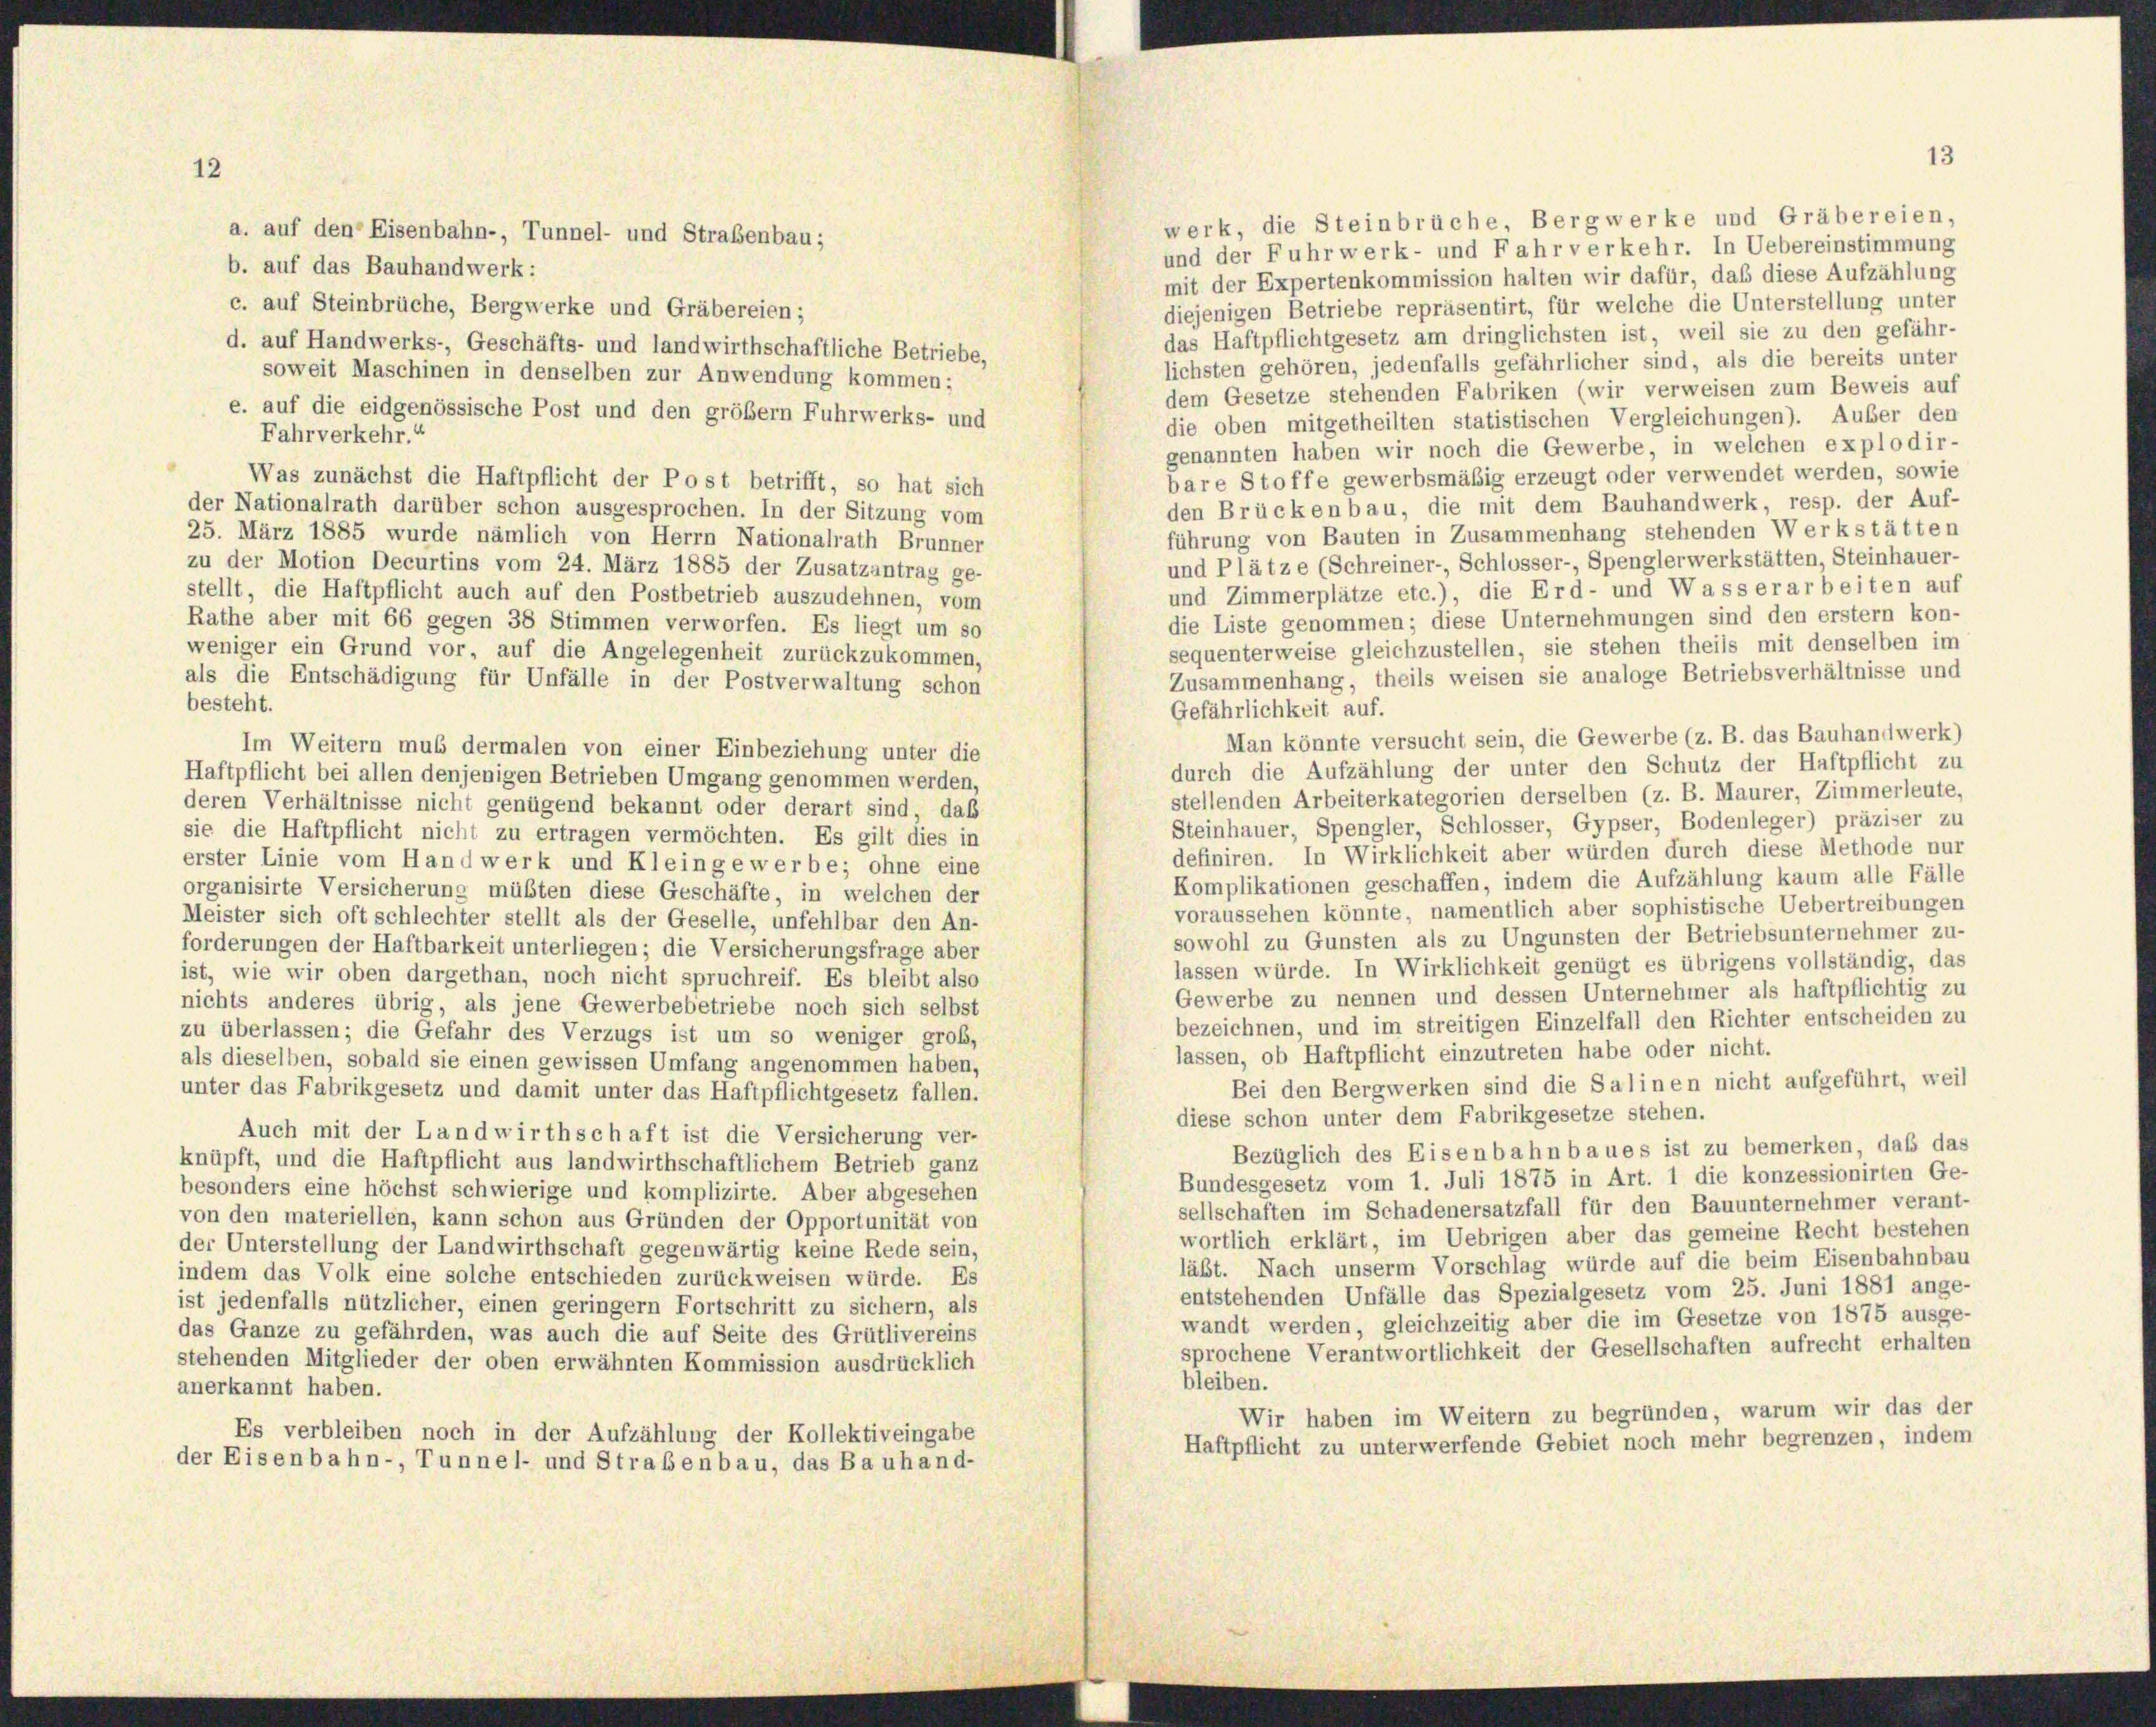
12

a. auf den Eisenbahn-, Tunnel- und Straßenbau;

1

werk, die Steinbrüche, Bergwerke und Gräbereien,
und der Fuhrwerk- und Fahr verkehr. In Uebereinstimmung
b. auf das Bauhandwerk:
mit der Expertenkommission halten wir dafür, daß diese Aufzählung
c. auf Steinbrüche, Bergwerke und Gräbereien;
diejenigen Betriebe repräsentirt, für welche die Unterstellung unter
das Haftpflichtgesetz am dringlichsten ist, weil sie zu den gefähr-
d. auf Handwerks-, Geschäfts- und landwirthschaftliche Betriebe,
lichsten gehören, jedenfalls gefährlicher sind, als die bereits unter
soweit Maschinen in denselben zur Anwendung kommen;
dem Gesetze stehenden Fabriken (wir verweisen zum Beweis auf
e. auf die eidgenössische Post und den größem Fuhrwerks- und
die oben mitgetheilten statistischen Vergleichungen). Auber den
Fahrverkehr.“
genannten haben wir noch die Gewerbe, in welchen explodir-
bare Stoffe gewerbsmäßig erzeugt oder verwendet werden, sowie
Was zunächst die Haftpflicht der Post betrifft, so hat sich
den Brückenbau, die mit dem Bauhandwerk, resp. der Auf-
der Nationalrath darüber schon ausgesprochen. In der Sitzung vom
führung von Bauten in Zusammenhang stehenden Werkstätten
25. März 1885 wurde nämlich von Herrn Nationalrath Brunner
und Plätze (Schreiner-, Schlosser- Spenglerwerkstätten, Steinhauer-
zu der Motion Decurtins vom 24. März 1885 der Zusatzantrag ge-
und Zimmerplätze etc.), die Erd- und Wasserarbeiten auf
stellt, die Haftpflicht auch auf den Postbetrieb auszudehnen, vom
die Liste genommen; diese Unternehmungen sind den erstem kon-
Rathe aber mit 66 gegen 38 Stimmen verworfen. Es liegt um so
sequenterweise gleichzustellen, sie stehen theils mit denselben im
weniger ein Grund vor, auf die Angelegenheit zurückzukommen,
Zusammenhang, theils weisen sie analoge Betriebsverhältnisse und
als die Entschädigung für Unfälle in der Postverwaltung schon
besteht.
Gefährlichkeit auf.
Man könnte versucht sein, die Gewerbe (z. B. das Bauhandwerk)
Im Weitern muß dermalen von einer Einbeziehung unter die
durch die Aufzählung der unter den Schutz der Haftpflicht zu
Haftpflicht bei allen denjenigen Betrieben Umgang genommen werden,
stellenden Arbeiterkategorien derselben (z. B. Maurer, Zimmerleute,
deren Verhältnisse nicht genügend bekannt oder derart sind, daß
Steinhauer, Spengler, Schlosser, Gypser, Bodenleger) präziser zu
sie die Haftpflicht nicht zu ertragen vermöchten. Es gilt dies in
definiren. In Wirklichkeit aber würden durch diese Methode nur
erster Linie vom Handwerk und Kleingewerbe; ohne eine
Komplikationen geschaffen, indem die Aufzählung kaum alle Fälle
organisirte Versicherung müßten diese Geschäfte, in welchen der
voraussehen könnte, namentlich aber sophistische Uebertreibungen
Meister sich oft schlechter stellt als der Geselle, unfehlbar den An-
sowohl zu Gunsten als zu Ungunsten der Betriebsunternehmer zu-
forderungen der Haftbarkeit unterliegen; die Versicherungsfrage aber
lassen würde. In Wirklichkeit genügt es übrigens vollständig, das
ist, wie wir oben dargethan, noch nicht spruchreif. Es bleibt also
Gewerbe zu nennen und dessen Unternehmer als haftpflichtig zu
nichts anderes übrig, als jene Gewerbebetriebe noch sich selbst
bezeichnen, und im streitigen Einzelfall den Richter entscheiden zu
zu überlassen; die Gefahr des Verzugs ist um so weniger groß,
lassen, ob Haftpflicht einzutreten habe oder nicht.
als dieselben, sobald sie einen gewissen Umfang angenommen haben,
Bei den Bergwerken sind die Salinen nicht aufgeführt, weil
unter das Fabrikgesetz und damit unter das Haftpflichtgesetz fallen.
diese schon unter dem Fabrikgesetze stehen.
Auch mit der Landwirthschaft ist die Versicherung ver-
Bezüglich des Eisenbahn baues ist zu bemerken, daß das
knüpft, und die Haftpflicht aus landwirthschaftlichem Betrieb ganz
Bundesgesetz vom 1. Juli 1875 in Art. 1 die konzessionirten Ge-
besonders eine höchst schwierige und komplizirte. Aber abgesehen
sellschaften im Schadenersatzfall für den Bauunternehmer verant-
von den materiellen, kann schon aus Gründen der Opportunität von
wortlich erklärt, im Uebrigen aber das gemeine Recht bestehen
der Unterstellung der Landwirthschaft gegenwärtig keine Rede sein,
läßt. Nach unserm Vorschlag würde auf die beim Eisenbahnbau
indem das Volk eine solche entschieden zurückweisen würde. Es
entstehenden Unfälle das Spezialgesetz vom 25. Juni 1881 ange-
ist jedenfalls nützlicher, einen geringern Fortschritt zu sichern, als
wandt werden, gleichzeitig aber die im Gesetze von 1875 ausge-
das Ganze zu gefährden, was auch die auf Seite des Grütlivereins
sprochene Verantwortlichkeit der Gesellschaften aufrecht erhalten
stehenden Mitglieder der oben erwähnten Kommission ausdrücklich
bleiben.
anerkannt haben.
Wir haben im Weitern zu begründen, warum wir das der
Es verbleiben noch in der Aufzählung der Kollektiveingabe
Haftpflicht zu unterwerfende Gebiet noch mehr begrenzen, indem
der Eisenbahn-, Tunnel- und Straßenbau, das Bauhand-